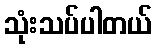
သုံးသပ်ပါတယ်